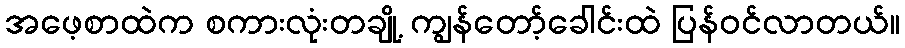
အဖေ့စာထဲက စကားလုံးတချို့ ကျွန်တော့်ခေါင်းထဲ ပြန်ဝင်လာတယ်။